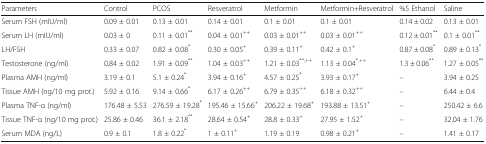
<table><thead><tr><td><b>Parameters</b></td><td><b>Control</b></td><td><b>PCOS</b></td><td><b>Resveratrol</b></td><td><b>Metformin</b></td><td><b>Metformin+Resveratrol</b></td><td><b>%5 Ethanol</b></td><td><b>Saline</b></td></tr></thead><tbody><tr><td>Serum FSH (mIU/ml)</td><td>0.09 ± 0.01</td><td>0.13 ± 0.01</td><td>0.14 ± 0.01</td><td>0.1 ± 0.01</td><td>0.1 ± 0.01</td><td>0.14 ± 0.02</td><td>0.13 ± 0.01</td></tr><tr><td>Serum LH (mIU/ml)</td><td>0.03 ± 0</td><td>0.11 ± 0.01<sup>**</sup></td><td>0.04 ± 0.01<sup>++</sup></td><td>0.03 ± 0.01<sup>++</sup></td><td>0.03 ± 0.01<sup>++</sup></td><td>0.12 ± 0.01<sup>**</sup></td><td>0.1 ± 0.01<sup>**</sup></td></tr><tr><td>LH/FSH</td><td>0.33 ± 0.07</td><td>0.82 ± 0.08<sup>*</sup></td><td>0.30 ± 0.05<sup>+</sup></td><td>0.39 ± 0.11<sup>+</sup></td><td>0.42 ± 0.1<sup>+</sup></td><td>0.87 ± 0.08<sup>*</sup></td><td>0.89 ± 0.13<sup>*</sup></td></tr><tr><td>Testosterone (ng/ml)</td><td>0.84 ± 0.02</td><td>1.91 ± 0.09<sup>**</sup></td><td>1.04 ± 0.03<sup>++</sup></td><td>1.21 ± 0.03<sup>**,++</sup></td><td>1.13 ± 0.04<sup>*,++</sup></td><td>1.3 ± 0.06<sup>**</sup></td><td>1.27 ± 0.05<sup>**</sup></td></tr><tr><td>Plasma AMH (ng/ml)</td><td>3.19 ± 0.1</td><td>5.1 ± 0.24<sup>*</sup></td><td>3.94 ± 0.16<sup>+</sup></td><td>4.57 ± 0.25<sup>*</sup></td><td>3.93 ± 0.17<sup>+</sup></td><td>–</td><td>3.94 ± 0.25</td></tr><tr><td>Tissue AMH (ng/10 mg prot.)</td><td>5.92 ± 0.16</td><td>9.14 ± 0.66<sup>*</sup></td><td>6.17 ± 0.26<sup>++</sup></td><td>6.79 ± 0.35<sup>++</sup></td><td>6.18 ± 0.32<sup>++</sup></td><td>–</td><td>6.44 ± 0.4</td></tr><tr><td>Plasma TNF-α (ng/ml)</td><td>176.48 ± 5.53</td><td>276.59 ± 19.28<sup>*</sup></td><td>195.46 ± 15.66<sup>+</sup></td><td>206.22 ± 19.68<sup>+</sup></td><td>193.88 ± 13.51<sup>+</sup></td><td>–</td><td>250.42 ± 6.6</td></tr><tr><td>Tissue TNF-α (ng/10 mg prot.)</td><td>25.86 ± 0.46</td><td>36.1 ± 2.18<sup>**</sup></td><td>28.64 ± 0.54<sup>+</sup></td><td>28.8 ± 0.33<sup>+</sup></td><td>27.95 ± 1.52<sup>+</sup></td><td>–</td><td>32.04 ± 1.76</td></tr><tr><td>Serum MDA (ng/L)</td><td>0.9 ± 0.1</td><td>1.8 ± 0.22<sup>*</sup></td><td>1 ± 0.11<sup>+</sup></td><td>1.19 ± 0.19</td><td>0.98 ± 0.21<sup>+</sup></td><td>–</td><td>1.41 ± 0.17</td></tr></tbody></table>